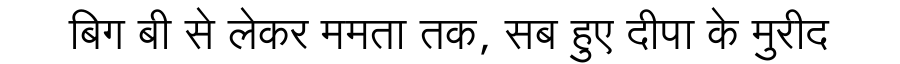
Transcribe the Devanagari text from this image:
बिग बी से लेकर ममता तक, सब हुए दीपा के मुरीद